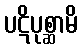
ပဋိပုစ္ဆာမိ